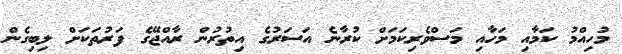
މުހިއްމު ކަމާއި މަހާއި މަސްވެރިކަމަށް ކުރާނެ އަސަރުގެ އިތުރުން ރާއްޖޭގެ ފަރުތަކަށް ލިބިގެން